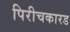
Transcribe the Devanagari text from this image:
पिरीचकारड